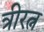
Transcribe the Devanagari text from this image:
त्रीरत्न